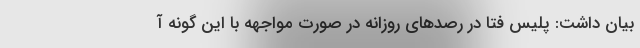
بیان داشت: پلیس فتا در رصدهای روزانه در صورت مواجهه با این گونه آ